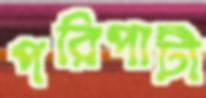
পরিপাটী